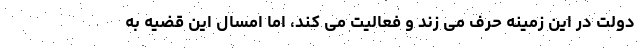
دولت در این زمینه حرف می زند و فعالیت می کند، اما امسال این قضیه به